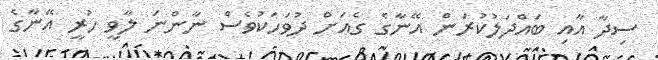
ސިދާ އާއި ބައްދަލުކުރަން އޭނާގެ ގެއަށް ދުވަހަކުވެސް ނާންނަ ލާވީ ހުރީ އޭނާގެ